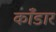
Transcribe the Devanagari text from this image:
काँडार